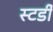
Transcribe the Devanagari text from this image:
स्टर्डी